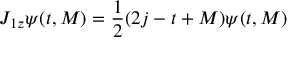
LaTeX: J _ { 1 z } \psi ( t , M ) = \frac { 1 } { 2 } ( 2 j - t + M ) \psi ( t , M )